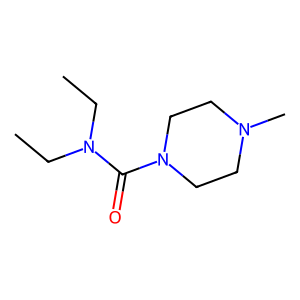
SMILES: CCN(CC)C(=O)N1CCN(C)CC1
Inhibits HIV replication: No